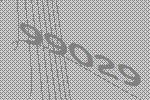
99029